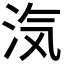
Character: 𭰑